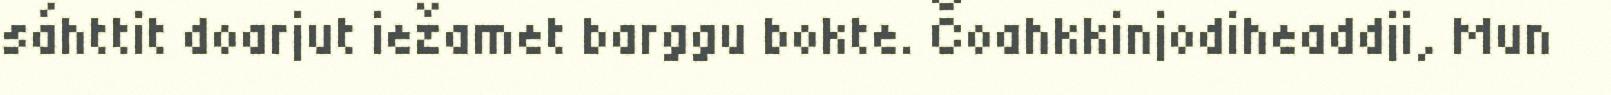
sáhttit doarjut iežamet barggu bokte. Čoahkkinjodiheaddji, Mun